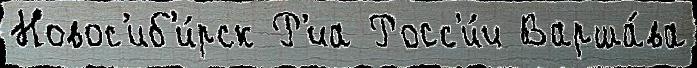
Новос'иб'и́рск Р'иа Росс'и́и Варша́ва